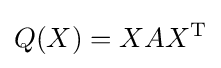
Q(X)=XAX^{\mathrm {T} }